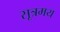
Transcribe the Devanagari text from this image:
सूत्रमय